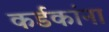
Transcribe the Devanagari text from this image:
कर्डकांना